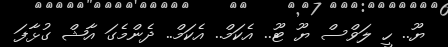
ޔޫ.. ހީ ލަވްސް ޔޫ ޓޫ.. އެކަމް.. އެކަމް.. ދެންމެގަ އާޝް ގުޅާފަ